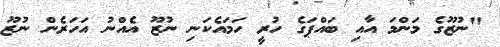
"ނުޒޫގެ މަންމަ އާއި ބައްޕަގެ ހުރީ ހަމައެކަނި ނުޒޫ އެއްނު އަހަރެން ނުޒޫ